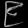
Digit: ၉